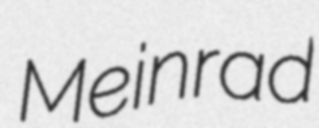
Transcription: Meinrad